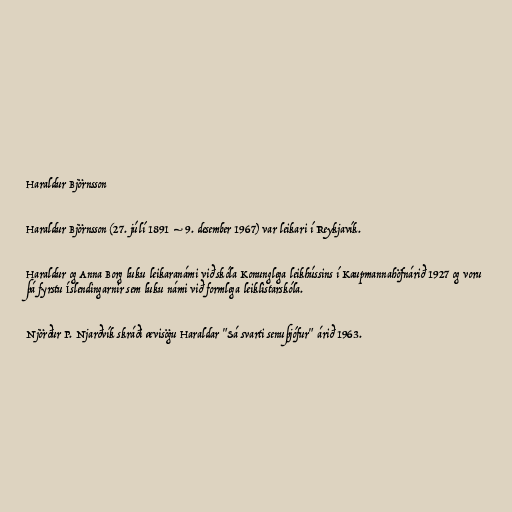
Haraldur Björnsson

Haraldur Björnsson (27. júlí 1891 – 9. desember 1967) var leikari í Reykjavík.

Haraldur og Anna Borg luku leikaranámi við skóla Konunglega leikhússins í Kaupmannahöfnárið 1927 og voru
þá fyrstu Íslendingarnir sem luku námi við formlega leiklistarskóla.

Njörður P. Njarðvík skráði ævisögu Haraldar "Sá svarti senuþjófur" árið 1963.